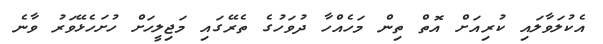
އެކުލަވާލައި ކުރިއަށް އޮތް ތިން މަހެއްހާ ދުވަހުގެ ތެރޭގައި މަޖިލީހަށް ހުށަހެޅޭވަރު ވާނެ